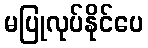
မပြုလုပ်နိုင်ပေ